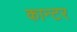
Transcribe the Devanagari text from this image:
कान्टर